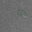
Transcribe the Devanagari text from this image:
शब्कोष